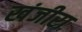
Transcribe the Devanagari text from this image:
खंजीरा